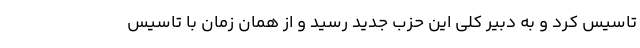
تاسیس کرد و به دبیر کلی این حزب جدید رسید و از همان زمان با تاسیس